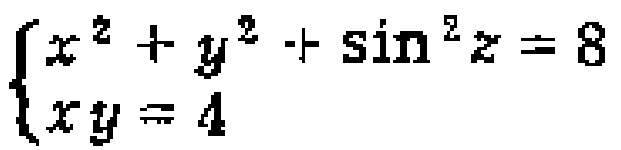
$\begin{cases}
x^{2}+y^{2}+\sin^{2}z = 8\\
xy = 4
\end{cases}$